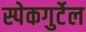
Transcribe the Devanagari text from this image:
स्पेकगुर्टेल